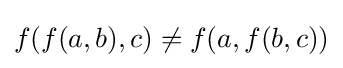
f(f(a,b),c)\neq f(a,f(b,c))